Annual report of the Punjab Veterinary College and of the Civil Veterinary Department, Punjab - 1926-1932
Year: 1926
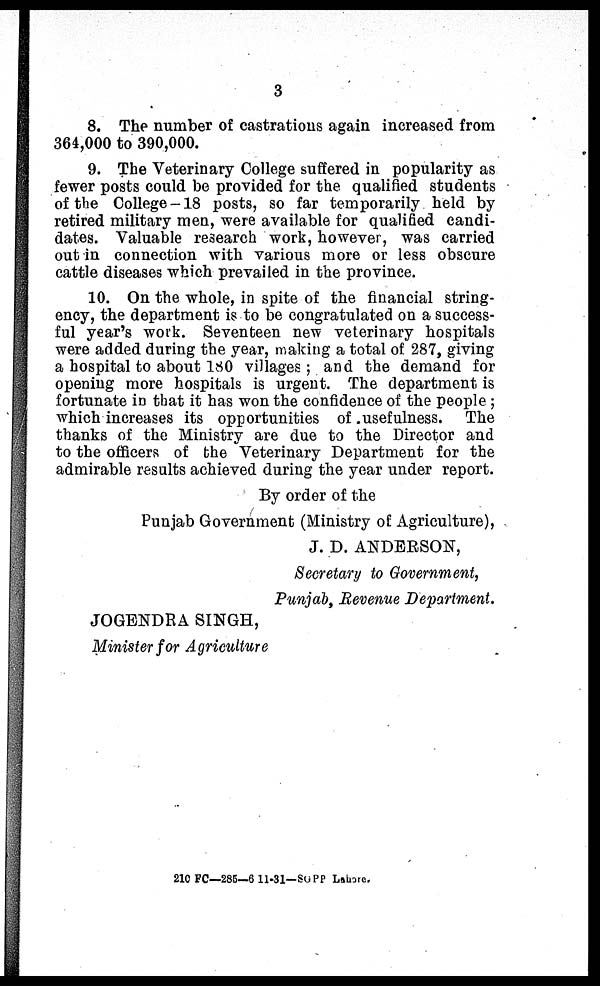
3
8. The number of castrations again increased from
364,000 to 390,000.
9. The Veterinary College suffered in popularity as
fewer posts could be provided for the qualified students
of the College-18 posts, so far temporarily held by
retired military men, were available for qualified candi-
dates. Valuable research work, however, was carried
out in connection with various more or less obscure
cattle diseases which prevailed in the province.
10. On the whole, in spite of the financial string-
ency, the department is to be congratulated on a success-
ful year's work. Seventeen new veterinary hospitals
were added during the year, making a total of 287, giving
a hospital to about 180 villages; and the demand for
opening more hospitals is urgent. The department is
fortunate in that it has won the confidence of the people;
which increases its opportunities of usefulness. The
thanks of the Ministry are due to the Director and
to the officers of the Veterinary Department for the
admirable results achieved during the year under report.
By order of the
Punjab Government (Ministry of Agriculture),
J. D. ANDERSON,
Secretary to Government,
Punjab, Revenue Department.
JOGENDRA SINGH,
Minister for Agriculture
210 FC—285—6 11-31—SGPP Lahore.